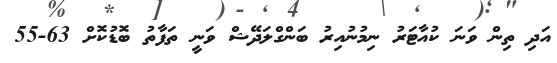
އަދި ތިން ވަނަ ކުއާޓަރު ނިމުނުއިރު ބަންގްލަދޭޝް ވަނީ ތަފާތު ބޮޑުކޮށް 63-55